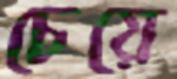
চেয়ে